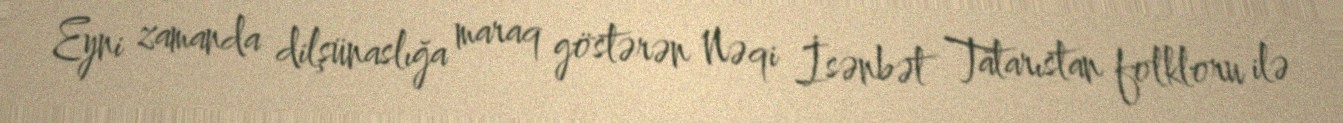
Eyni zamanda dilşünaslığa maraq göstərən Nəqi İsənbət Tatarıstan folkloru ilə